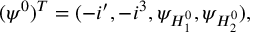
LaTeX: ( \psi ^ { 0 } ) ^ { T } = ( - i \l ^ { \prime } , - i \l ^ { 3 } , \psi _ { H _ { 1 } ^ { 0 } } , \psi _ { H _ { 2 } ^ { 0 } } ) ,